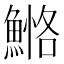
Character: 𩹕